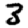
Digit: 3